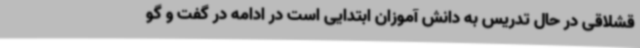
قشلاقی در حال تدریس به دانش آموزان ابتدایی است در ادامه در گفت و گو